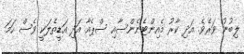
ލިބުނު ވަރެވެ. އަދި ކާރު މެއިންޓެނެންސާއި ސްޕެއާ އަދި އަޑީތެލަކީ ވެސް ހަމަ